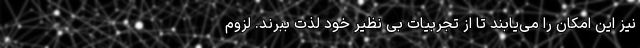
نیز این امکان را می‌یابند تا از تجربیات بی نظیر خود لذت ببرند. لزوم